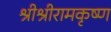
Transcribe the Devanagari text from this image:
श्रीश्रीरामकृष्ण